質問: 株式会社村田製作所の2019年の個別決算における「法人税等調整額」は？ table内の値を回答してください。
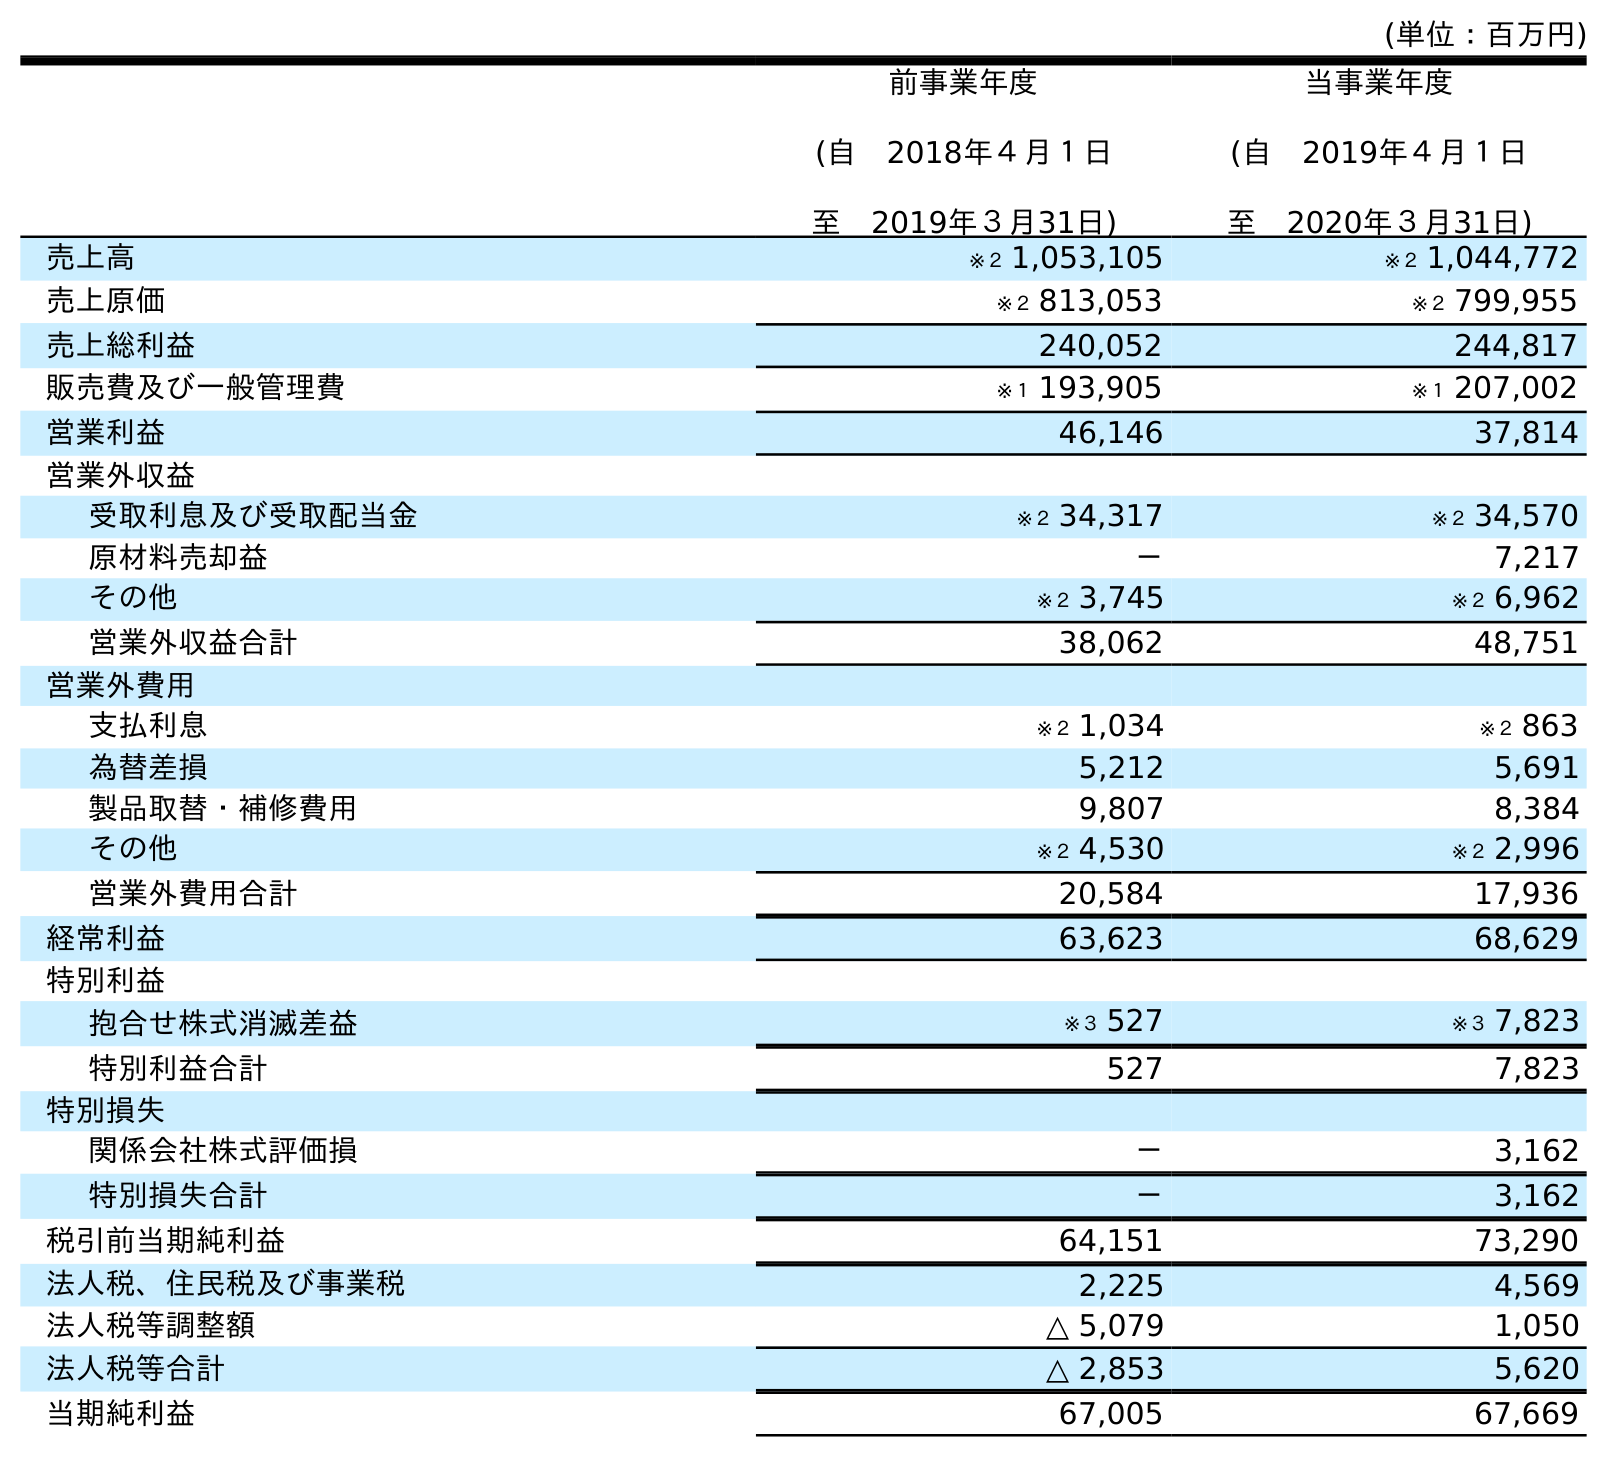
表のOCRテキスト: (単位：百万円) 前事業年度 (自 2018年４月１日 至 2019年３月31日) 当事業年度 (自 2019年４月１日 至 2020年３月31日) 売上高 ※２ 1,053,105 ※２ 1,044,772 売上原価 ※２ 813,053 ※２ 799,955 売上総利益 240,052 244,817 販売費及び一般管理費 ※１ 193,905 ※１ 207,002 営業利益 46,146 37,814 営業外収益 受取利息及び受取配当金 ※２ 34,317 ※２ 34,570 原材料売却益 － 7,217 その他 ※２ 3,745 ※２ 6,962 営業外収益合計 38,062 48,751 営業外費用 支払利息 ※２ 1,034 ※２ 863 為替差損 5,212 5,691 製品取替・補修費用 9,807 8,384 その他 ※２ 4,530 ※２ 2,996 営業外費用合計 20,584 17,936 経常利益 63,623 68,629 特別利益 抱合せ株式消滅差益 ※３ 527 ※３ 7,823 特別利益合計 527 7,823 特別損失 関係会社株式評価損 － 3,162 特別損失合計 － 3,162 税引前当期純利益 64,151 73,290 法人税、住民税及び事業税 2,225 4,569 法人税等調整額 △ 5,079 1,050 法人税等合計 △ 2,853 5,620 当期純利益 67,005 67,669
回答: △5,079